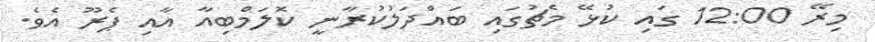
މިރޭ 12:00 ގައި ކުޅޭ މެޗުގައި ބައްދަލުކުރާނީ ކޮލަމްބިއާ އާއި ޕެރޫ އެވެ.